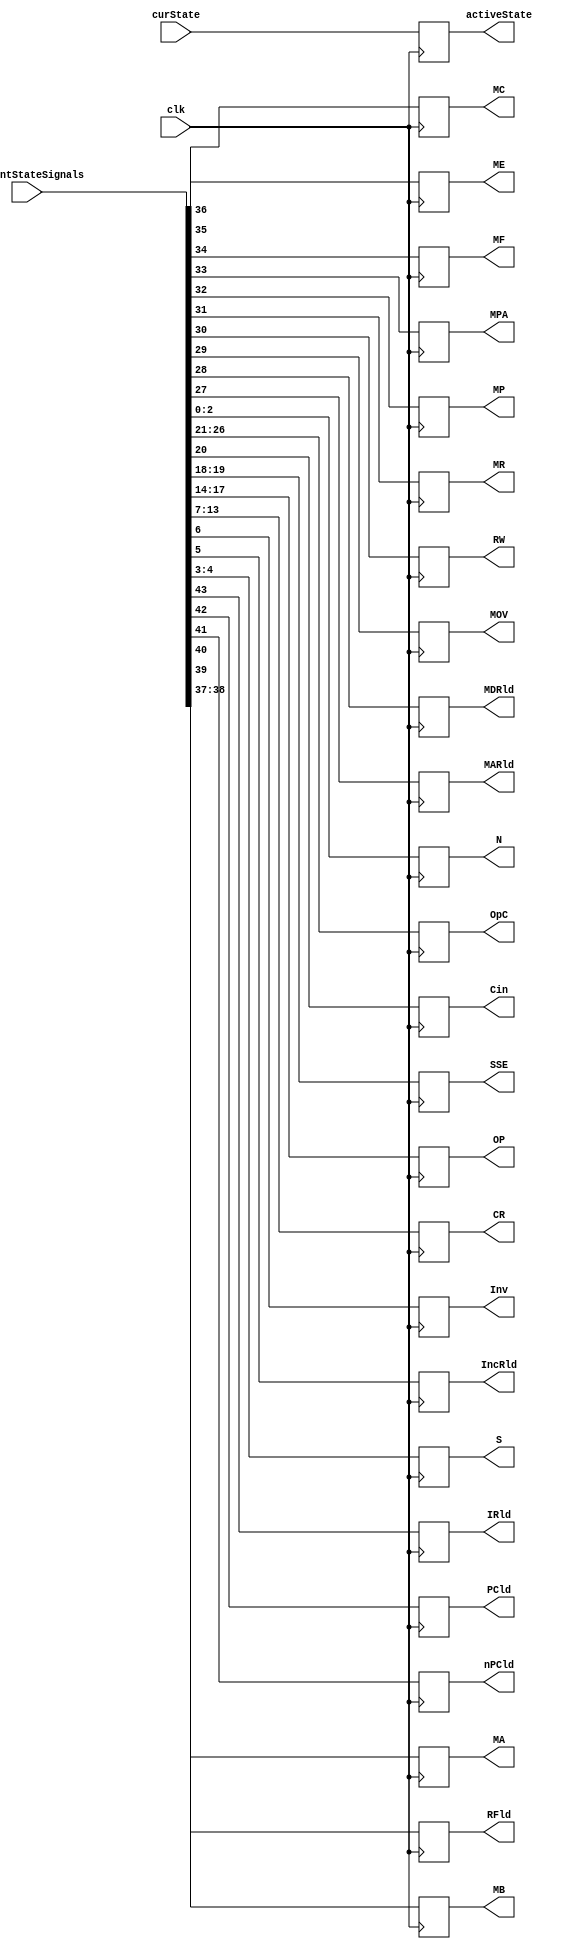
module ControlRegister( output reg IRld, PCld, nPCld, RFld, MA,
                        output reg[1:0] MB,
                        output reg MC, ME, MF, MPA, MP, MR,
                        output reg RW, MOV, MDRld, MARld, 
                        output reg [5:0] OpC,
                        output reg Cin,
                        output reg [1:0] SSE,
                        output reg [3:0] OP,
                        output reg [6:0] CR,
                        output reg Inv, IncRld,
                        output reg [1:0] S,
                        output reg [2:0] N,
                        output reg [6:0] activeState,
                        input [43:0] currentStateSignals, input clk,
                        input [6:0] curState); 

always @ (posedge clk)
    // Update the Status Signals with the batch of input bits.
    begin
        IRld = currentStateSignals[43];
        PCld = currentStateSignals[42];
        nPCld = currentStateSignals[41];
        RFld = currentStateSignals[40];
        MA = currentStateSignals[39];
        MB = currentStateSignals[38:37];
        MC = currentStateSignals[36];
        ME = currentStateSignals[35];
        MF = currentStateSignals[34];
        MPA = currentStateSignals[33];
        MP = currentStateSignals[32];
        MR = currentStateSignals[31];
        RW = currentStateSignals[30];
        MOV = currentStateSignals[29];
        MDRld = currentStateSignals[28];
        MARld = currentStateSignals[27];
        OpC = currentStateSignals[26:21];
        Cin = currentStateSignals[20];
        SSE = currentStateSignals[19:18];
        OP = currentStateSignals[17:14];
        CR = currentStateSignals[13:7];
        Inv = currentStateSignals[6];
        IncRld = currentStateSignals[5];
        S = currentStateSignals[4:3];
        N = currentStateSignals[2:0];
        activeState = curState; // For testing purposes
    end
endmodule

// module CR_Testbench;
//     reg clk;
//     reg [43:0] stateSig;
//     wire IRld, PCld, nPCld, RFld, MA, MC, ME, MF, MPA, MP, MR, RW, MOV, MDRld, MARld, Cin, Inv, IncRld;
//     wire [1:0] MB;
//     wire [5:0] OpC;
//     wire [1:0] SSE;
//     wire [3:0] OP;
//     wire [6:0] CR;
//     wire [1:0] S;
//     wire [2:0] N;

//Outdated, need to update for future testing.
//     ControlRegister CReg(stateSig, clk, IRld, PCld, nPCld,
//                             RFld, MA, MB, MC, ME, MF, 
//                             MPA, MP, MR, RW, MOV, MDRld, 
//                             MARld, OpC, Cin, SSE, OP, CR, 
//                             Inv, IncRld, S, N);

//     initial begin
//         clk = 1'b0;
//         repeat (4)
//             #1 clk = !clk;
//     end

//     initial begin
//     stateSig = 44'b00100110000000000000000000001000000000000001; //Reset
//     #3 stateSig = 44'b00000000010000100000000000000000000000100011; //State 8
//     end

//     initial begin
//         $display("clk, IRld, PCld, nPCld, RFld, MA, MB,  MC, ME, MF, MPA, MP, MR, RW, MOV, MDRld, MARld,   OpC,     Cin,  SSE,    OP,     CR,    Inv, IncRld,   S,   N ");
//         $monitor("%b     %b      %b     %b     %b     %b  %b   %b   %b   %b    %b    %b   %b   %b   %b      %b    %b      %b     %b    %b     %b   %b   %b    %b        %b  %b", clk, IRld, PCld, nPCld, RFld, MA, MB,MC, ME, MF, MPA, MP, MR, RW, MOV, MDRld, MARld, OpC, Cin,SSE, OP, CR, Inv, IncRld, S,  N );
//     end

// endmodule